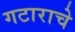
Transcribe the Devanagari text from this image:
गटाराचे